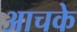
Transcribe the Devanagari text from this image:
आचके